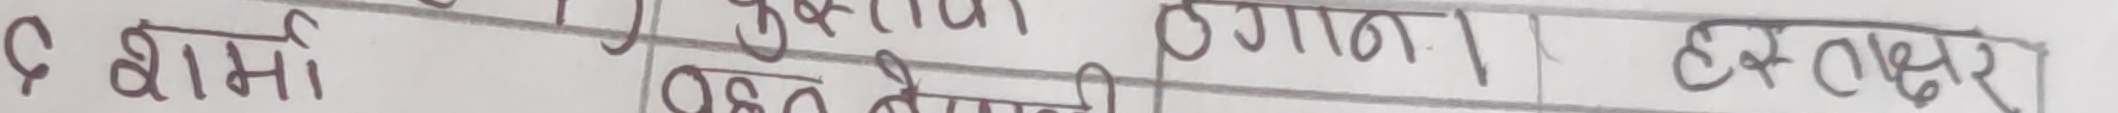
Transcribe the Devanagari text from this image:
९ शामी पुरुष ० गणा हस्ताक्षर